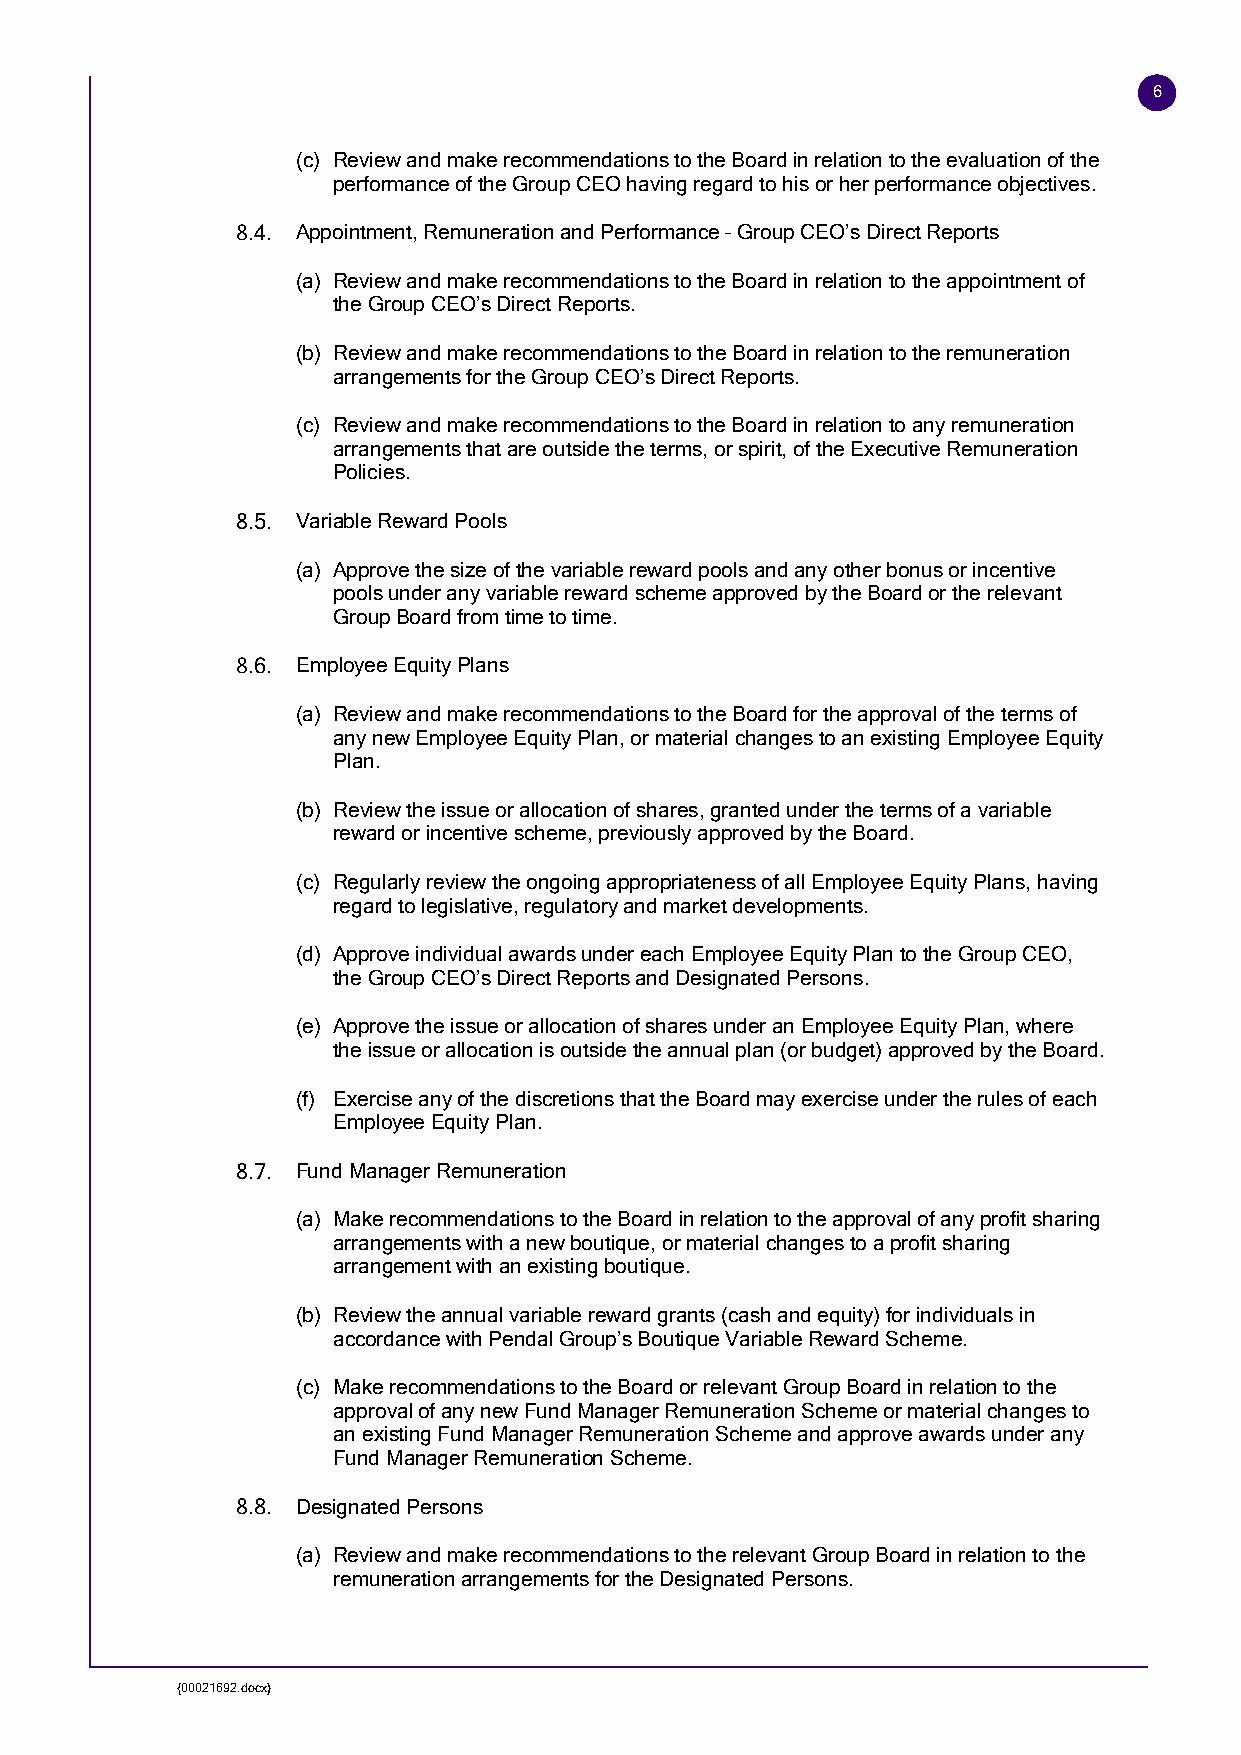
6
 (c) Review and make recommendations to the Board in relation to the evaluation of the
 performance of the Group CEO having regard to his or her performance objectives.
 Appointment, Remuneration and Performance – Group CEO’s Direct Reports
 (a) Review and make recommendations to the Board in relation to the appointment of
 the Group CEO’s Direct Reports.
 (b) Review and make recommendations to the Board in relation to the remuneration
 arrangements for the Group CEO’s Direct Reports.
 (c) Review and make recommendations to the Board in relation to any remuneration
 arrangements that are outside the terms, or spirit, of the Executive Remuneration
 Policies.
 Variable Reward Pools
 (a) Approve the size of the variable reward pools and any other bonus or incentive
 pools under any variable reward scheme approved by the Board or the relevant
 Group Board from time to time.
 Employee Equity Plans
 (a) Review and make recommendations to the Board for the approval of the terms of
 any new Employee Equity Plan, or material changes to an existing Employee Equity
 Plan.
 (b) Review the issue or allocation of shares, granted under the terms of a variable
 reward or incentive scheme, previously approved by the Board.
 (c) Regularly review the ongoing appropriateness of all Employee Equity Plans, having
 regard to legislative, regulatory and market developments.
 (d) Approve individual awards under each Employee Equity Plan to the Group CEO,
 the Group CEO’s Direct Reports and Designated Persons.
 (e) Approve the issue or allocation of shares under an Employee Equity Plan, where
 the issue or allocation is outside the annual plan (or budget) approved by the Board.
 (f) Exercise any of the discretions that the Board may exercise under the rules of each
 Employee Equity Plan.
 Fund Manager Remuneration
 (a) Make recommendations to the Board in relation to the approval of any profit sharing
 arrangements with a new boutique, or material changes to a profit sharing
 arrangement with an existing boutique.
 (b) Review the annual variable reward grants (cash and equity) for individuals in
 accordance with Pendal Group’s Boutique Variable Reward Scheme.
 (c) Make recommendations to the Board or relevant Group Board in relation to the
 approval of any new Fund Manager Remuneration Scheme or material changes to
 an existing Fund Manager Remuneration Scheme and approve awards under any
 Fund Manager Remuneration Scheme.
 Designated Persons
 (a) Review and make recommendations to the relevant Group Board in relation to the
 remuneration arrangements for the Designated Persons.
 {00021692.docx}